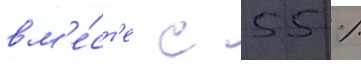
вм'е́ст'е с 55 %